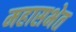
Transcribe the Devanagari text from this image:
महासभेत